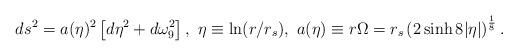
LaTeX: \begin{align*}ds^2=a(\eta)^2\left[d\eta^2+d\omega_9^2\right],~\eta\equiv \ln(r/r_s),~a(\eta)\equiv r\Omega=r_s\left(2\sinh8|\eta|\right)^{\frac{1}{8}}.\end{align*}